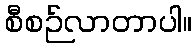
စီစဉ်လာတာပါ။